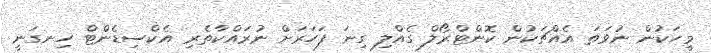
މީހަކުން ނުވަތަ އެއްޗަކުން ކޮންޓްރޯލް ގެއްލި ގިނަ ފަހަރަށް ނުރައްކާތެރި އެކްސިޑެންޓް ހިނގަނީ